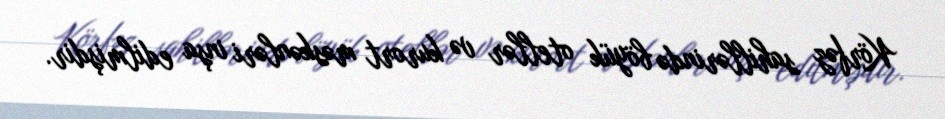
Körfəz sahillərində böyük otellər və kurort məskənləri inşa edilmişdir.